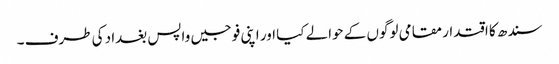
سندھ کا اقتدار مقامی لوگوں کے حوالے کیا اور اپنی فوجیں واپس بغداد کی طرف ۔